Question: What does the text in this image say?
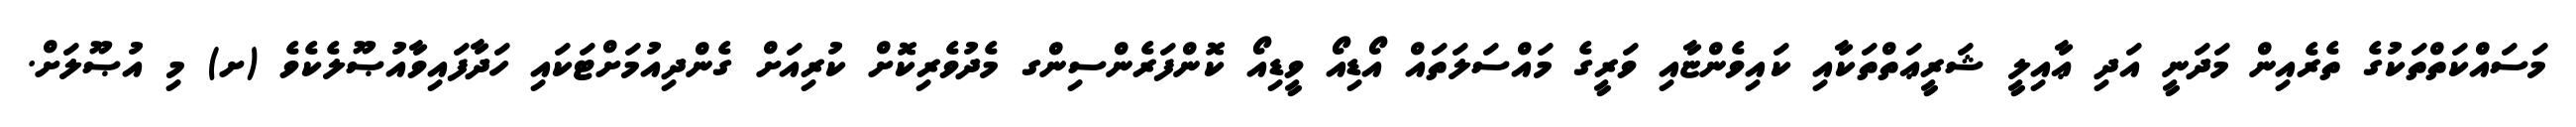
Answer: މަސައްކަތްތަކުގެ ތެރެއިން މަދަނީ އަދި ޢާއިލީ ޝަރީޢަތްތަކާއި ކައިވެންޏާއި ވަރީގެ މައްސަލަތައް އޯޑިއޯ ވީޑިއޯ ކޮންފަރެންސިންގ މެދުވެރިކޮށް ކުރިއަށް ގެންދިއުމަށްޓަކައި ހަދާފައިވާއުޞޫލެކެވެ (ށ) މި އުޞޫލަށް.